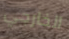
الخارجي